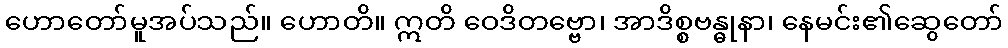
ဟောတော်မူအပ်သည်။ ဟောတိ။ ဣတိ ဝေဒိတဗ္ဗော၊ အာဒိစ္စဗန္ဓုနာ၊ နေမင်း၏ဆွေတော်